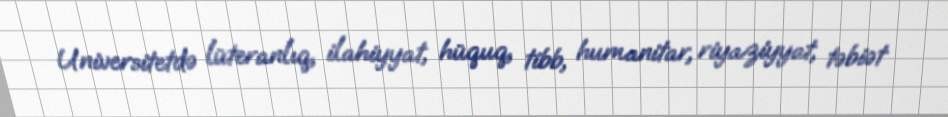
Universitetdə lüteranlıq, ilahiyyat, hüquq, tibb, humanitar, riyaziyyat, təbiət